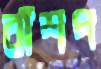
বাঁশপ